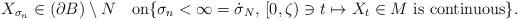
\begin{align*}X_{\sigma_{n}}\in(\partial B)\setminus N\quad\textrm{on}\{\sigma_{n}<\infty=\dot{\sigma}_{N},\,[0,\zeta)\ni t\mapsto X_{t}\in M\textrm{ is continuous}\}.\end{align*}